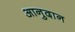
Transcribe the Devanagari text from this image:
आनुदान